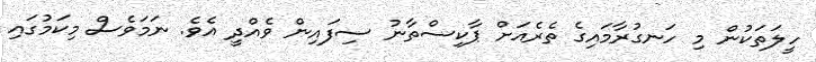
ހީލަތަކުން މި ހަނގުރާމައިގެ ތެރެއަށް ޕާކިސްތާނު ސިފައިން ވެއްދީ އެވެ. ނަމަވެސް މިކަމުގައި